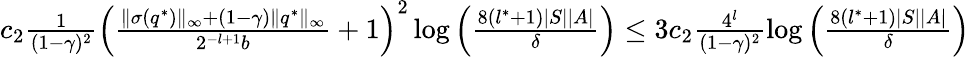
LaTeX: \begin{array}{r}{c_{2}\frac{1}{(1-\gamma)^{2}}\left(\frac{\| \sigma(q^{*})\| _{\infty}+(1-\gamma)\| q^{*}\| _{\infty}}{2^{-l+1}b}+1\right)^{2}\log\left(\frac{8(l^{*}+1)|S||A|}{\delta}\right)\leq 3c_{2}\frac{4^{l}}{(1-\gamma)^{2}}\log\left(\frac{8(l^{*}+1)|S||A|}{\delta}\right)}\end{array}